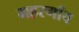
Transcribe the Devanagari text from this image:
महरगाँव